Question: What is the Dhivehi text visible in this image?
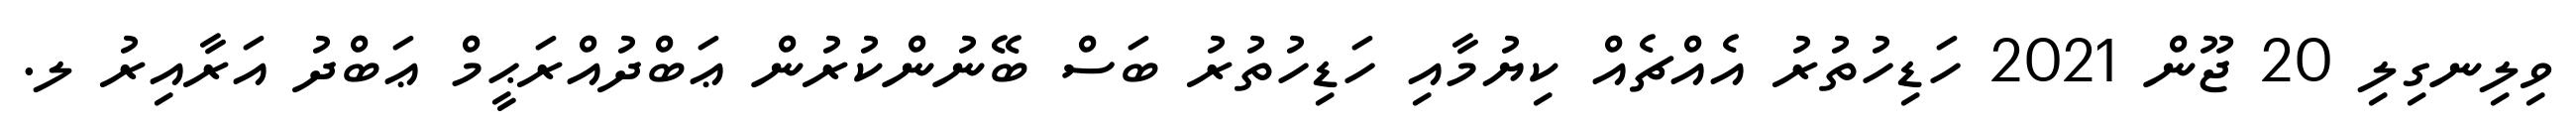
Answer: ވިލިނގިލި 20 ޖޫން 2021 ހަޑިހުތުރު އެއްޗެއް ކިޔުމާއި ހަޑިހުތުރު ބަސް ބޭނުންކުރުން ޢަބްދުއްރަޙީމް ޢަބްދު އަރާއިރު ލ.